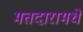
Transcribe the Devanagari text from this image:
मतदारामधे